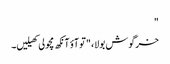
"
خرگوش بولا، "تو آؤ آنکھ مچولی کھیلیں۔